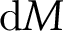
\mathrm { d } M